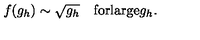
f ( g _ { h } ) \sim \sqrt { g _ { h } } \quad \mathrm { f o r l a r g e } g _ { h } .